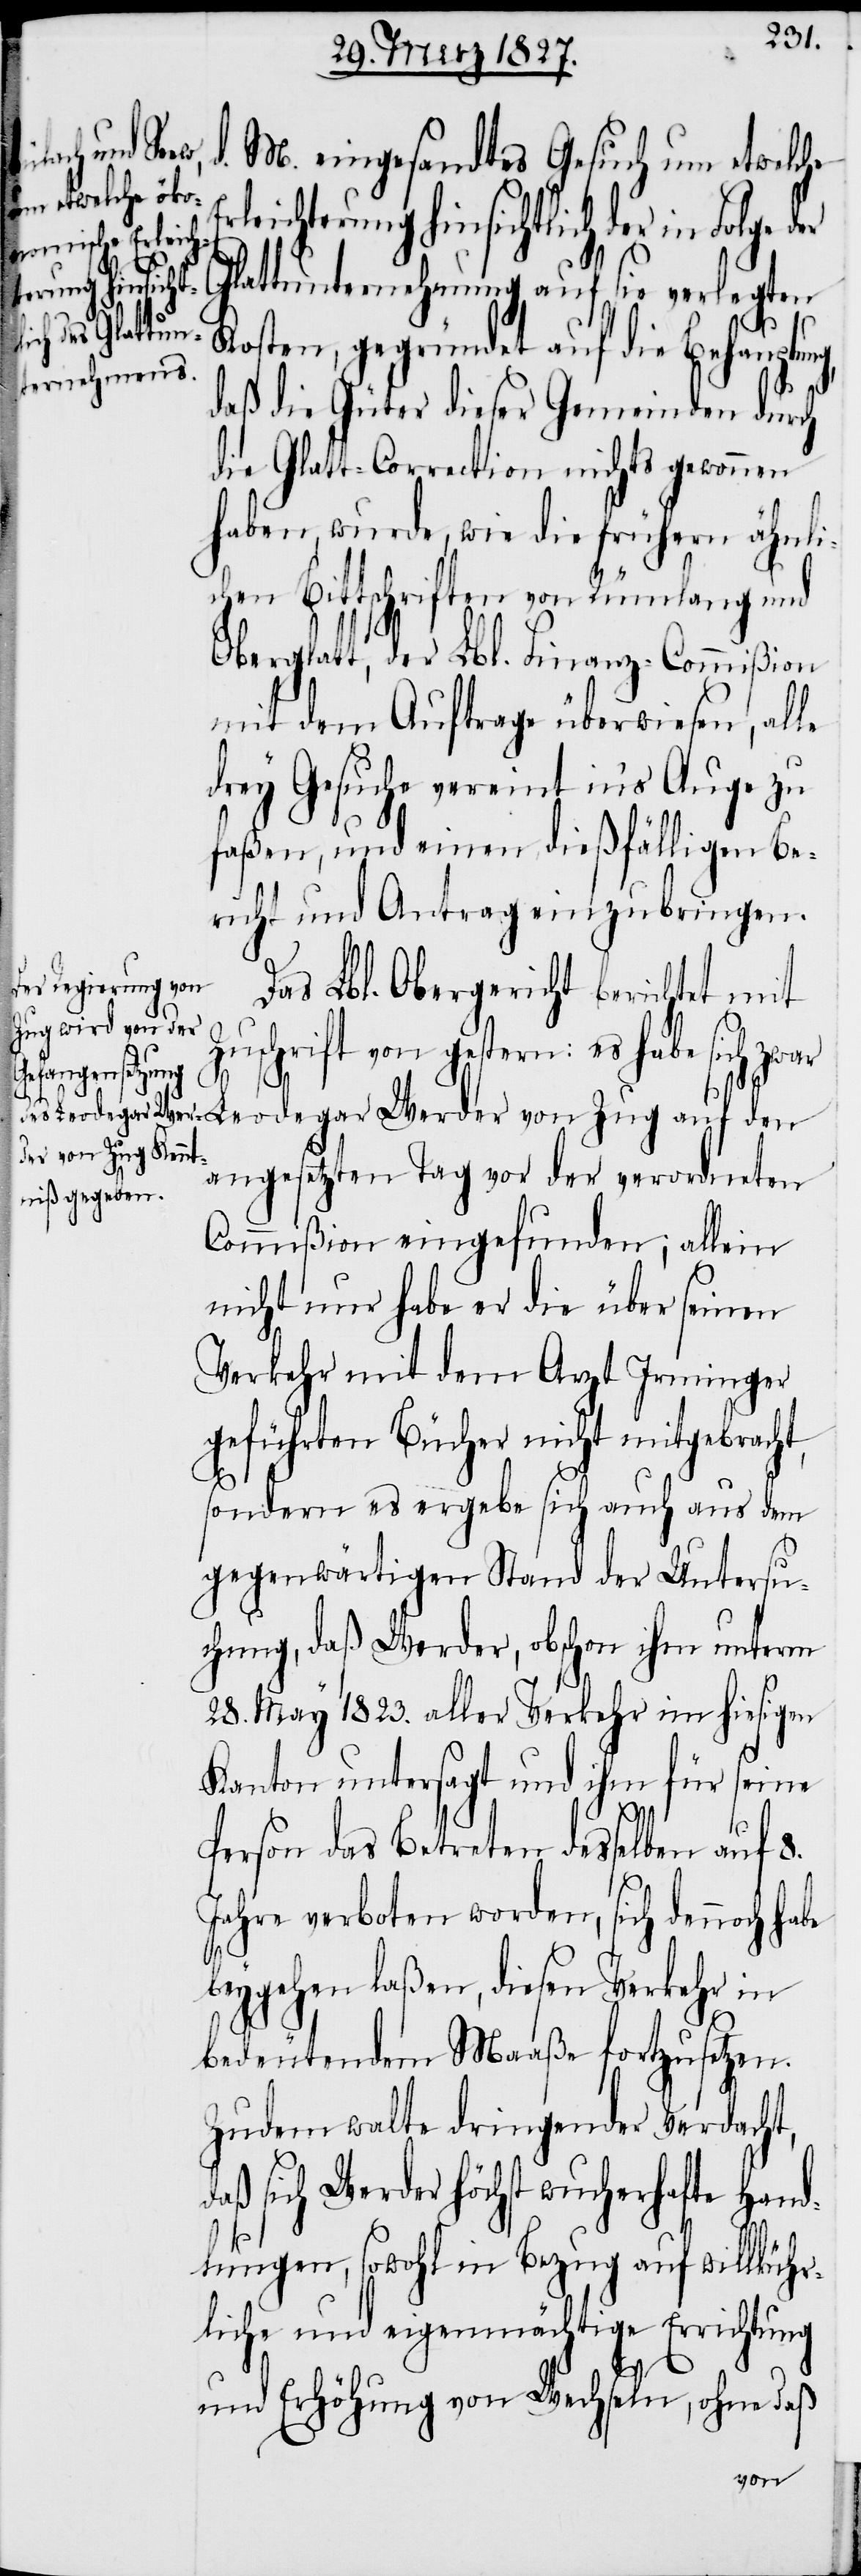
d. M. eingesandtes Gesuch um etwelche
rleichterung hinsichtlich der in Folge
Glattunternehmung auf sie verlegten
Kosten, gegründet auf die Behauptun¬
daß die Güter dieser Gemeinden durch
die Glatt-Correction nichts gewonnen
haben, wurde, wie die frühern ähnli¬
chen Bittschriften von Rümlang und
Oberglatt, der Lbl. Finanz-Commißion
mit dem Auftrage überwiesen, alle
drey Gesuche vereint in’s Auge zu
faßen, und einen dießfälligen Be¬
richt und Antrag einzubringen.
Das Lbl. Obergericht berichtet mit
Zuschrift von gestern: es habe sich zwar
g,
der
Leodegar Werder von Zug auf den
angesetzten Tag vor der verordneten
Commißion eingefunden; allein
nicht nur habe er die über seinen
Verkehr mit dem Arzt Irminger
geführten Bücher nicht mitgebracht,
sondern es ergebe sich auch aus dem
gegenwärtigen Stand der Untersu¬
chung, daß Werder, obschon ihm unterm
28. May 1823. aller Verkehr im hiesigen
Kanton untersagt und ihm für seine
Person das Betreten desselben auf 8.
Jahre verboten worden, sich dennoch habe
beygehen laßen, diesen Verkehr in
bedeutendem Maaße fortzusetzen.
Zudem walte dringender Verdacht,
daß sich Werder höchst wucherhafte Hand¬
lungen, sowohl in Bezug auf willkühr¬
liche und eigenmächtige Errichtung
und Erhöhung von Wechseln, ohne daß